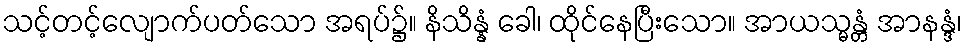
သင့်တင့်လျောက်ပတ်သော အရပ်၌။ နိသိန္နံ ခေါ၊ ထိုင်နေပြီးသော။ အာယသ္မန္တံ အာနန္ဒံ၊